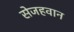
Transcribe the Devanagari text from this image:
सेजहवान